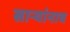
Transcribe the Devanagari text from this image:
साऱ्यांनाच